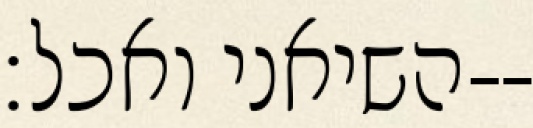
השיאני ואכל׃--